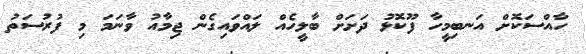
ހާއްސަކޮށް އަނބިމީހާ ފޫކޮޅު ދަށަށް ބާލީހެއް ލައްވައިގެން ޖިމާއު ވާނަމަ މި ފުރުސަތު